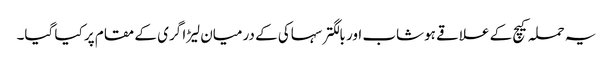
یہ حملہ کیچ کے علاقے ہوشاب اور بالگتر سہاکی کے درمیان لیڑا گری کے مقام پر کیا گیا۔